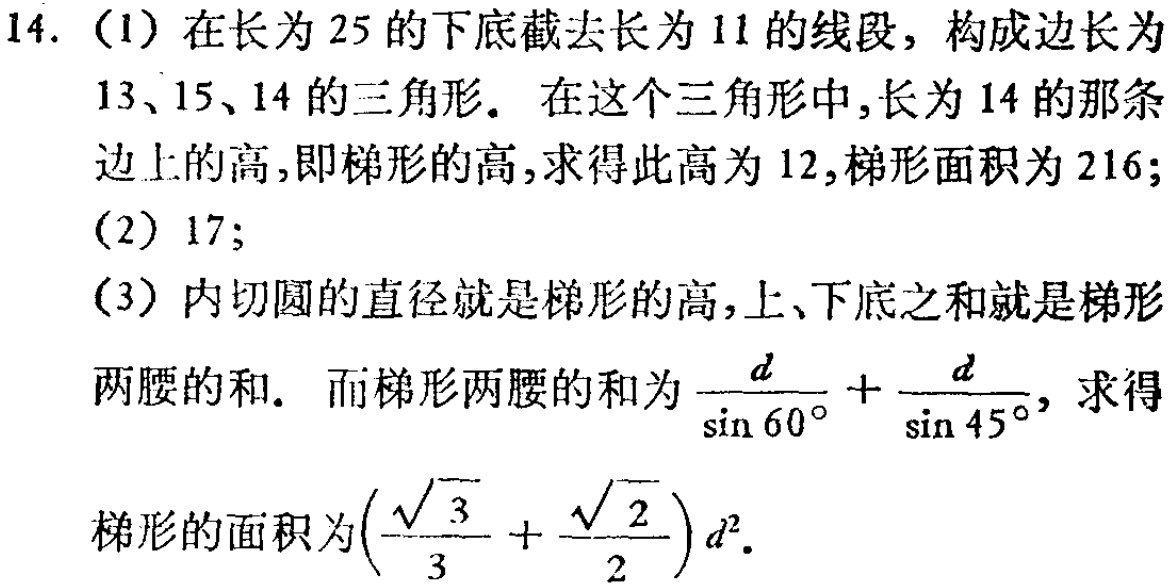
14. (1) 在长为 \(25\) 的下底截去长为 \(11\) 的线段，构成边长为 \(13\)、\(15\)、\(14\) 的三角形。在这个三角形中，长为 \(14\) 的那条边上的高，即梯形的高，求得此高为 \(12\)，梯形面积为 \(216\)；
(2) \(17\)；
(3) 内切圆的直径就是梯形的高，上、下底之和就是梯形两腰的和。而梯形两腰的和为 \(\frac{d}{\sin 60^{\circ}}+\frac{d}{\sin 45^{\circ}}\)，求得梯形的面积为\((\frac{\sqrt{3}}{3}+\frac{\sqrt{2}}{2})d^{2}\)。